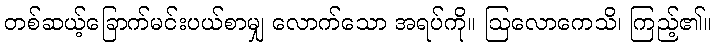
တစ်ဆယ့်ခြောက်မင်းပယ်စာမျှ လောက်သော အရပ်ကို။ ဩလောကေသိ၊ ကြည့်၏။